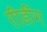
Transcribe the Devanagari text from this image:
रीडींग